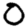
Digit: 0